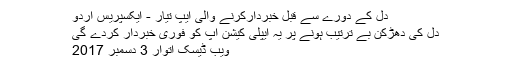
دل کے دورے سے قبل خبردارکرنے والی ایپ تیار - ایکسپریس اردو
دل کی دھڑکن بے ترتیب ہونے پر یہ ایپلی کیشن آپ کو فوری خبردار کردے گی
ویب ڈیسک اتوار 3 دسمبر 2017